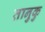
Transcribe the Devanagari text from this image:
तानुकु